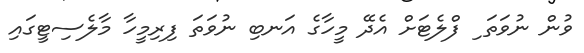
ވުން ނުވަތަ ި ފްލެޓަށް އެދޭ މީހާގެ އަނބި ނުވަތަ ފިރިމީހާ މާލެސިޓީގައި